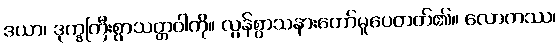
ဒယာ၊ ဒုက္ခကြီးစွာသတ္တဝါကို။ လွန်စွာသနားတော်မူပေတတ်၏။ လောကဿ၊